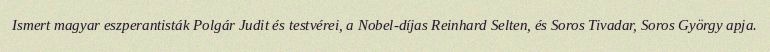
Ismert magyar eszperantisták Polgár Judit és testvérei, a Nobel-díjas Reinhard Selten, és Soros Tivadar, Soros György apja.